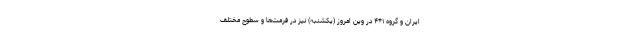
ایران و گروه ۱+۴ در وین امروز (یکشنبه) نیز در فرمت‌ها و سطوح مختلف